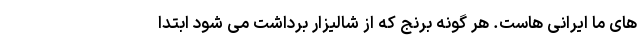
های ما ایرانی هاست. هر گونه برنج که از شالیزار برداشت می شود ابتدا